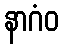
နာဂံဝ